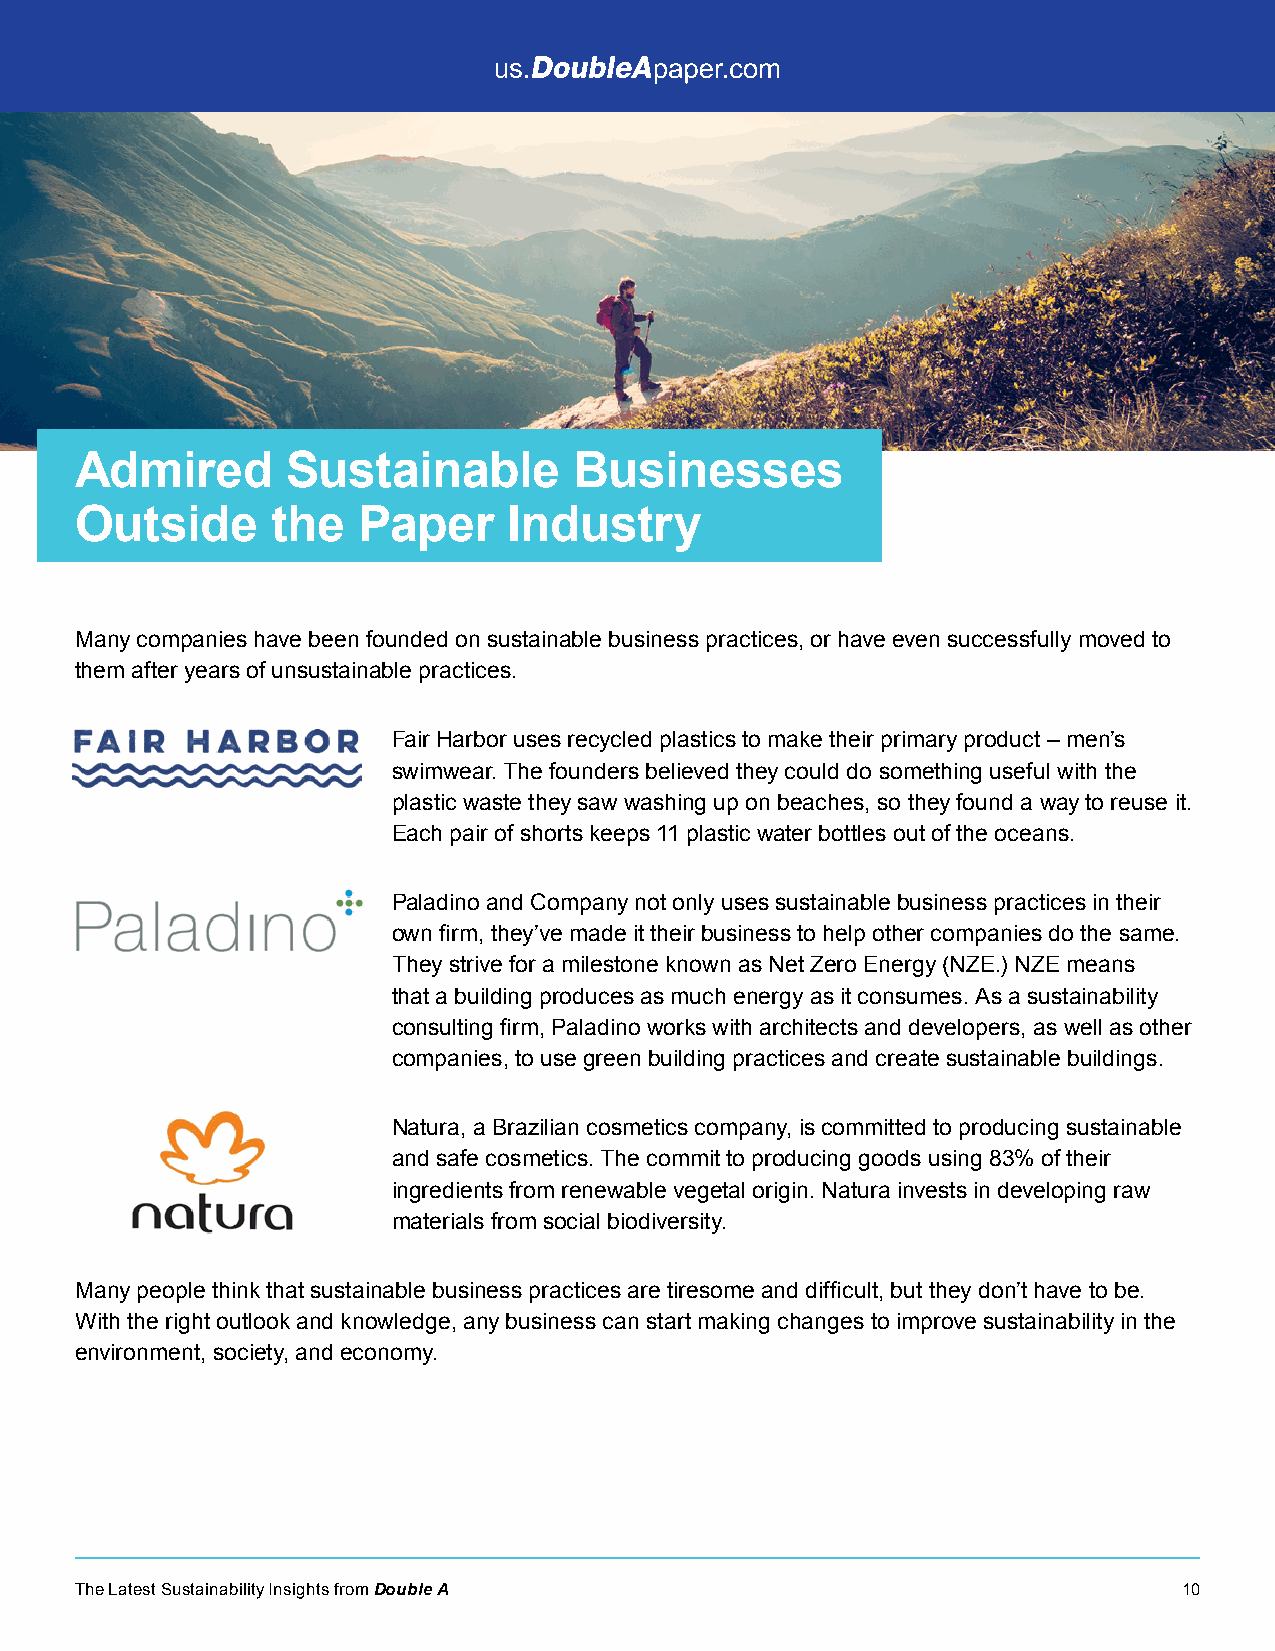
Admired       Sustainable        Businesses
 Outside      the   Paper     Industry
 Many companies have been founded on sustainable business practices, or have even successfully moved to
 them after years of unsustainable practices.
 Fair Harbor uses recycled plastics to make their primary product – men’s
 swimwear. The founders believed they could do something useful with the
 plastic waste they saw washing up on beaches, so they found a way to reuse it.
 Each pair of shorts keeps 11 plastic water bottles out of the oceans.
 Paladino and Company not only uses sustainable business practices in their
 own firm, they’ve made it their business to help other companies do the same.
 They strive for a milestone known as Net Zero Energy (NZE.) NZE means
 that a building produces as much energy as it consumes. As a sustainability
 consulting firm, Paladino works with architects and developers, as well as other
 companies, to use green building practices and create sustainable buildings.
 Natura, a Brazilian cosmetics company, is committed to producing sustainable
 and safe cosmetics. The commit to producing goods using 83% of their
 ingredients from renewable vegetal origin. Natura invests in developing raw
 materials from social biodiversity.
 Many people think that sustainable business practices are tiresome and difficult, but they don’t have to be.
 With the right outlook and knowledge, any business can start making changes to improve sustainability in the
 environment, society, and economy.
 The Latest Sustainability Insights from Double A                         10